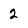
Character: 2